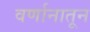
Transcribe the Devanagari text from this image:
वर्णानातून